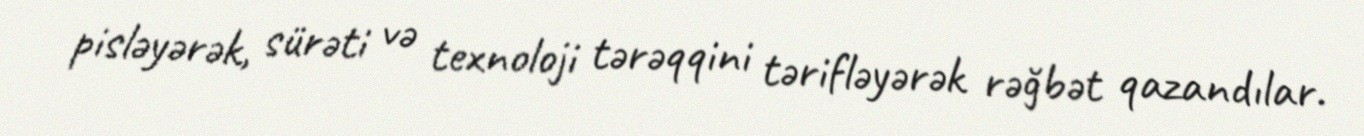
pisləyərək, sürəti və texnoloji tərəqqini tərifləyərək rəğbət qazandılar.